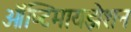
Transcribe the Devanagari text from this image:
ऑप्टिमायझेशन